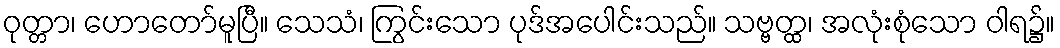
ဝုတ္တာ၊ ဟောတော်မူပြီ။ သေသံ၊ ကြွင်းသော ပုဒ်အပေါင်းသည်။ သဗ္ဗတ္ထ၊ အလုံးစုံသော ဝါရ၌။